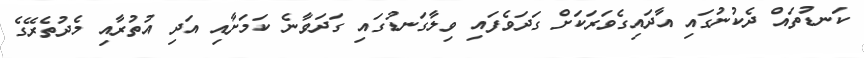
ކަނޑުތައް ދެކުނުގައި އާދައިގެވަރަކަށް ގަދަވެފައި ވިލާގަނޑުގައި ގަދަވާނެ ކަމަށާއި އަދި އުތުރާއި މެދުތެރޭގެ